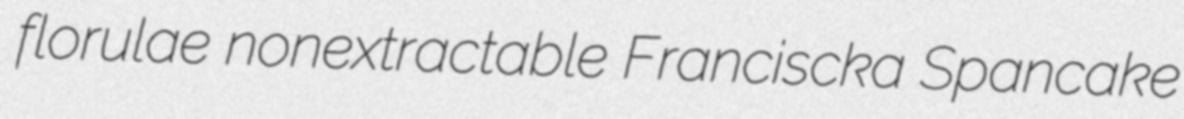
florulae nonextractable Franciscka Spancake